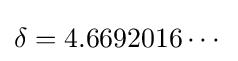
\delta =4.6692016\cdots